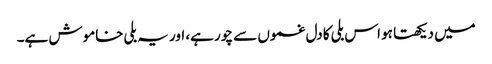
میں دیکھتا ہو اس بلی کا دل غموں سے چور ہے، اور یہ بلی خاموش ہے۔